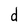
Character: d